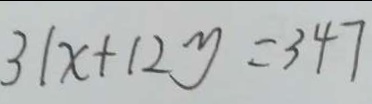
3 1 x + 1 2 y = 3 4 7